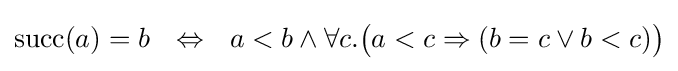
\mathrm {succ} (a)=b\ \ \Leftrightarrow \ \ a<b\land \forall c.{\big (}a<c\Rightarrow (b=c\lor b<c){\big )}